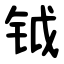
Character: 钺